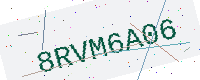
Text: 8RVM6A06